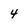
Character: 4